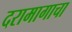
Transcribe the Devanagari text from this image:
दरामागाचा